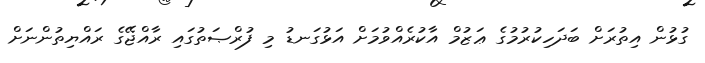
ގުޅުން އިތުރަށް ބަދަހިކުރުމުގެ ޢަޒުމް އާކުރެއްވުމަށް އަޅުގަނޑު މި ފުރްޞަތުގައި ރާއްޖޭގެ ރައްޔިތުންނަށް